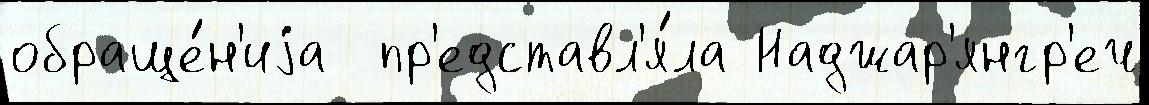
обраще́н'иjа  пр'едставл'я́ла Наджар'янгр'еч